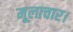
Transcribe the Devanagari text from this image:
मूलाचार।